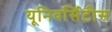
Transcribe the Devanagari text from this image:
यूनिवर्सिटीस